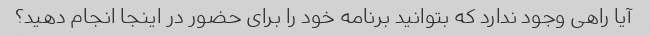
آیا راهی وجود ندارد که بتوانید برنامه خود را برای حضور در اینجا انجام دهید؟